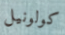
كولونيل